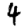
Digit: 4